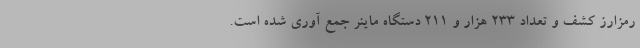
رمزارز کشف و تعداد 233 هزار و 211 دستگاه ماینر جمع آوری شده است.